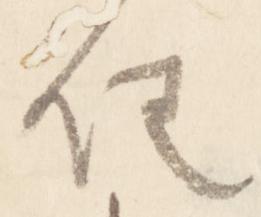
任